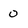
Character: 0